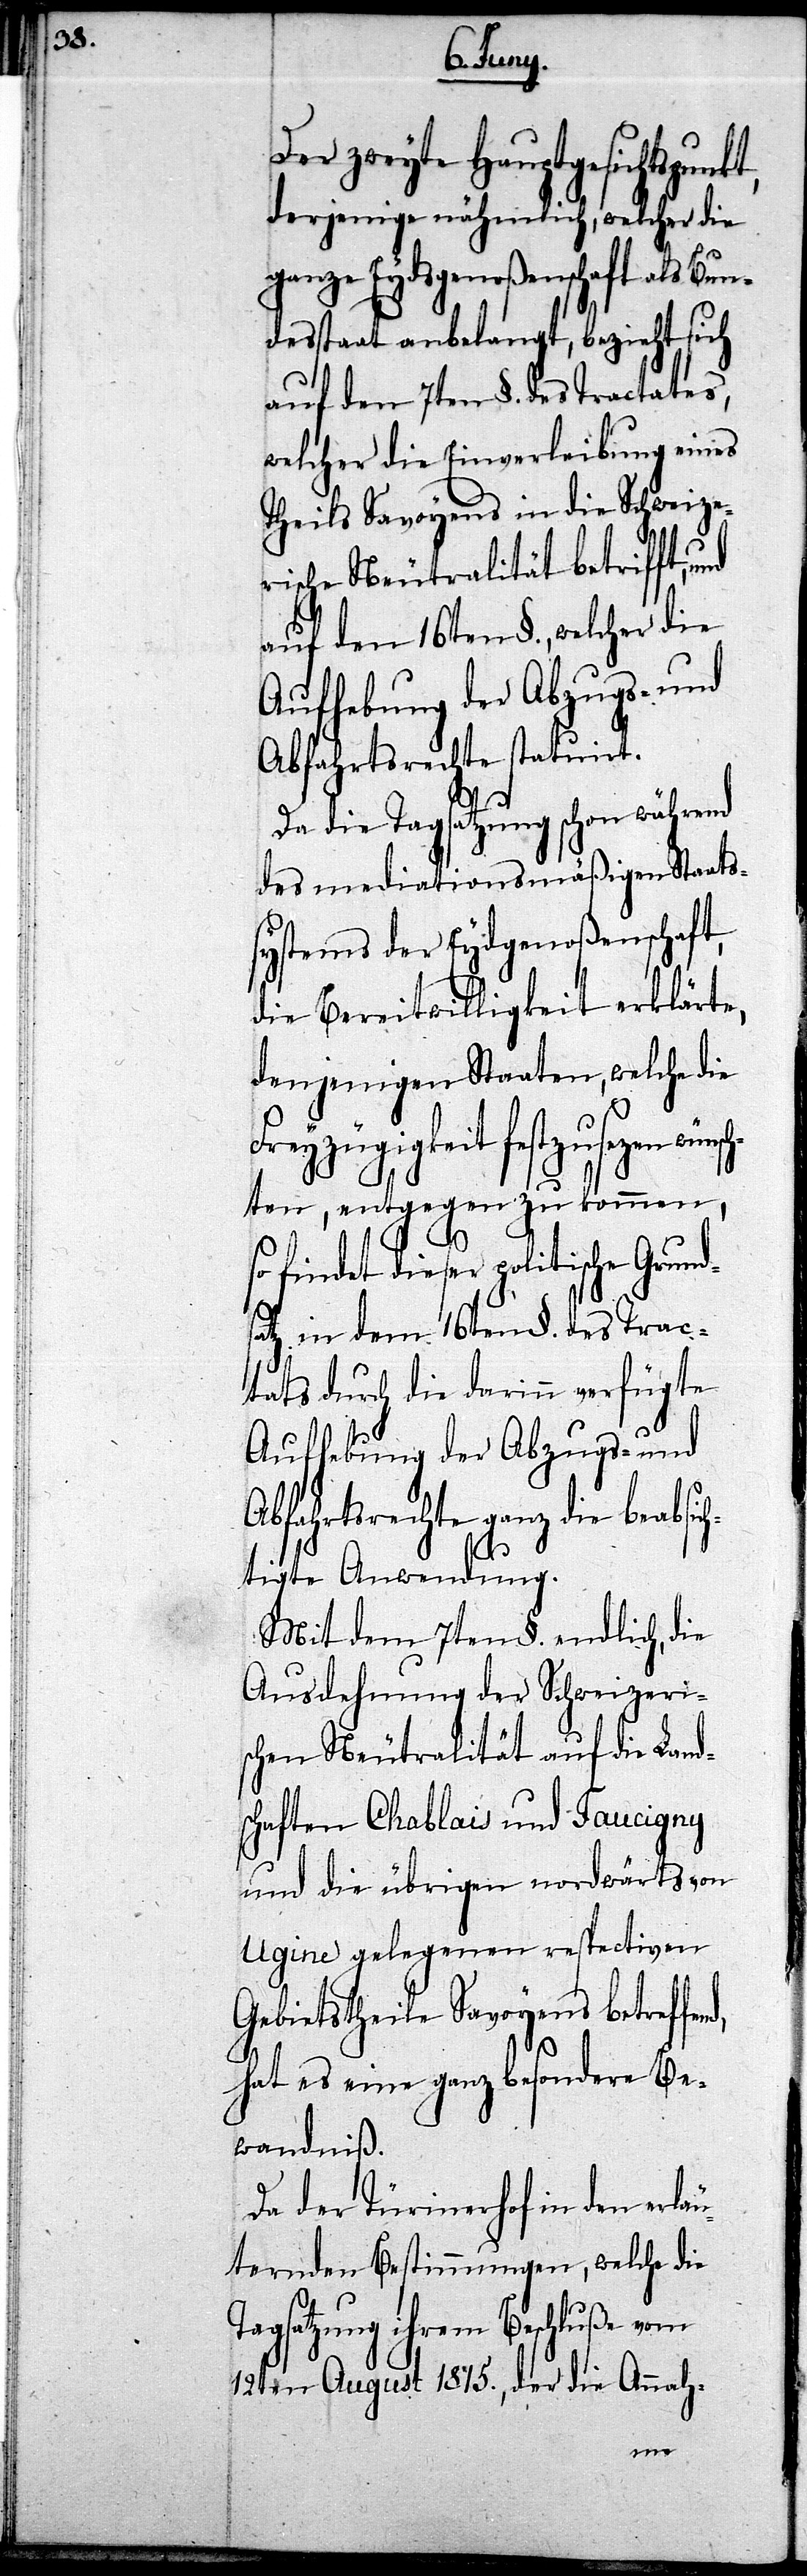
Der zweyte Hauptgesichtspun¬
derjenige nähmlich, welcher die
ganze Eydsgenoßenschaft als Bun¬
desstaat anbelangt, bezieht sich
auf den 7ten §. des Tractates,
welcher die Einverleibung eines
Theils Savoyens in die Schweize¬
rische Neutralität betrifft,
auf den 16ten §., welcher die
Aufhebung der Abzugs- und
Abfahrtsrechte statuirt.
Da die Tagsatzung schon während
des mediationsmäßigen Staats¬
systems der Eydgenoßenschaft,
die Bereitwilligkeit erklärte,
denjenigen Staaten, welche die
dieser politische Gru¬
ten, entgegen zu kommen,
so
satz in dem 16ten §. des Trac¬
tats durch die darinn verfügte
Aufhebung der Abzugs- und
Abfahrtsrechte ganz die beabsich¬
tigte Anwendung.
Mit dem 7ten §. endlich, die
Ausdehnung der Schweizeri¬
schen Neutralität auf die Land¬
schaften Chablais und Faucigny
und die übrigen nordwärts von
Ugine gelegenen respectiven
Gebietstheile Savoyens betreffe¬
hat es eine ganz besondere Be¬
wandniß.
Da der Türinerhof in den erläu¬
ternden Bestimmungen, welche die
Tagsatzung ihrem Beschluße vom
12ten August 1815., der die Annah-
nd,